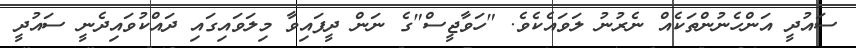
ސައުދީ އަންހެނުންތަކެއް ނެރުނު ލަވައެކެވެ. "ހަވާޖީސް"ގެ ނަން ދީފައިވާ މިލަވައިގައި ދައްކުވައިދެނީ ސައުދީ